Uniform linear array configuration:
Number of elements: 16
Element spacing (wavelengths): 1
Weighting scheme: kaiser
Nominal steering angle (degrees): -30
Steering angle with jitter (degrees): -29.639
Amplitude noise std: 0.05
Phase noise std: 0.05

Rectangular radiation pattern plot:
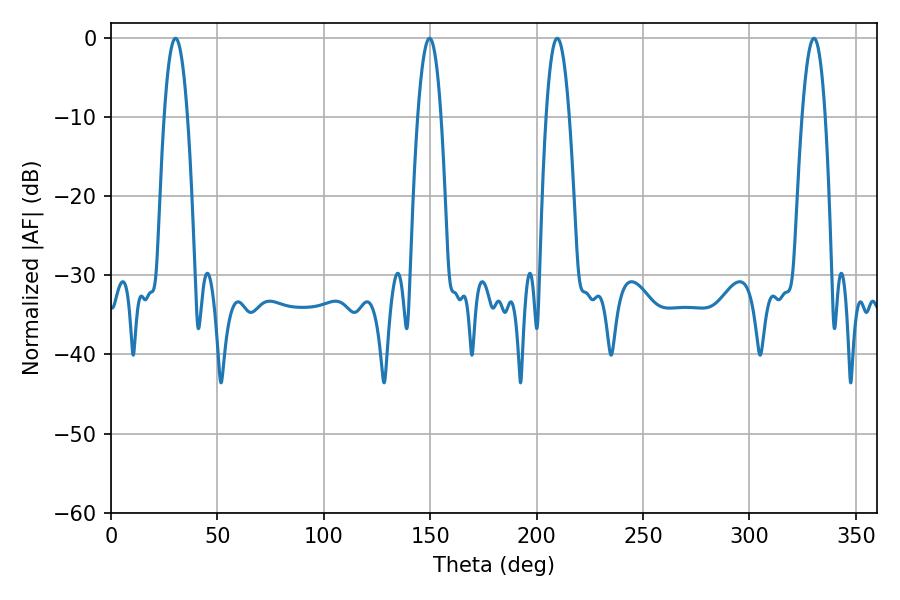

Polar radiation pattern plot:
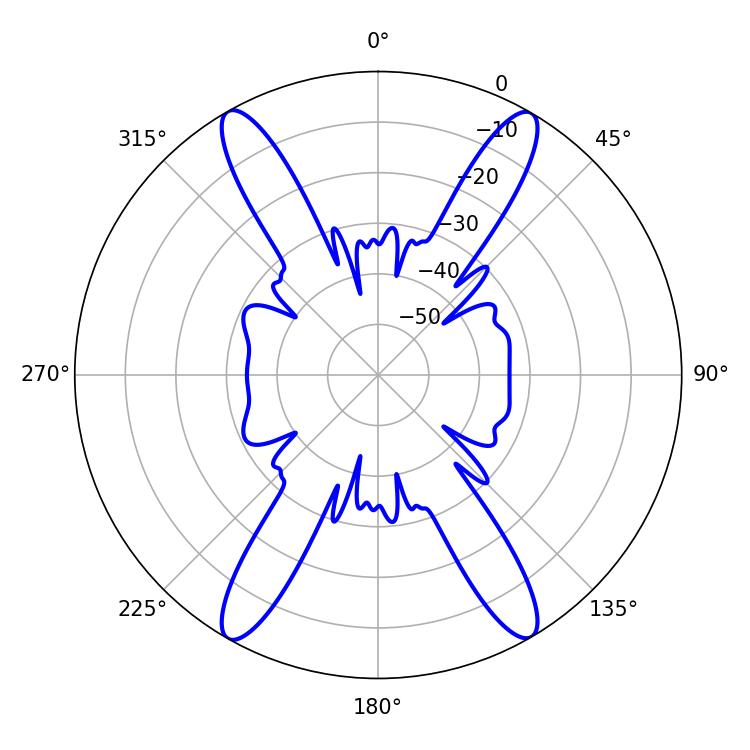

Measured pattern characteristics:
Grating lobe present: TRUE
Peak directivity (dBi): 28.98
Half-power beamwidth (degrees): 5.94
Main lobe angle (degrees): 330.3